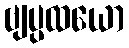
ဗျပ္ပထယော